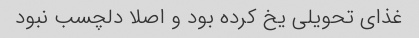
غذای تحویلی یخ کرده بود و اصلا دلچسب نبود